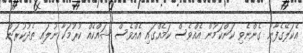
އެކަލޭގެފާނު ގެންނެވި ކަންކަމުން އެއްވެސް ކަމެއްގައި އެއްވެސް ޝައްކެއް ކުރުމަކާ ނުލައި ތެދުކުރަން